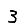
Digit: 3